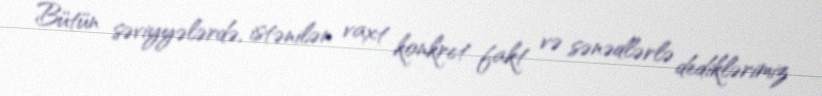
Bütün səviyyələrdə, istənilən vaxt konkret fakt və sənədlərlə dediklərimiz